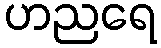
ဟညရေ